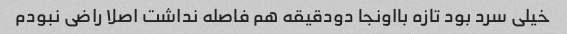
خیلی سرد بود تازه بااونجا دودقیقه هم فاصله نداشت اصلا راضی نبودم